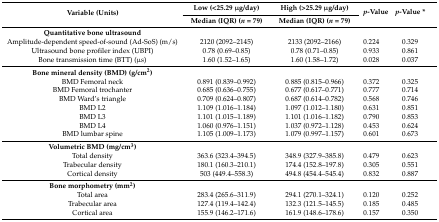
<table><thead><tr><td rowspan="2"><b>Variable (Units)</b></td><td><b>Low (&lt;25.29 μg/day)</b></td><td><b>High (&gt;25.29 μg/day)</b></td><td rowspan="2"><b><i>p</i>-Value</b></td><td rowspan="2"><b><i>p</i>-Value *</b></td></tr><tr><td><b>Median (IQR) (<i>n</i> = 79)</b></td><td><b>Median (IQR) (<i>n</i> = 79)</b></td></tr></thead><tbody><tr><td><b>Quantitative bone ultrasound</b></td><td></td><td></td><td></td><td></td></tr><tr><td>Amplitude-dependent speed-of-sound (Ad-SoS) (m/s)</td><td>2120 (2092–2145)</td><td>2133 (2092–2166)</td><td>0.224</td><td>0.329</td></tr><tr><td>Ultrasound bone profiler index (UBPI)</td><td>0.78 (0.69–0.85)</td><td>0.78 (0.71–0.85)</td><td>0.933</td><td>0.861</td></tr><tr><td>Bone transmission time (BTT) (μs)</td><td>1.60 (1.52–1.65)</td><td>1.60 (1.58–1.72)</td><td>0.028</td><td>0.037</td></tr><tr><td><b>Bone mineral density (BMD) (g/cm<sup>2</sup>)</b></td><td></td><td></td><td></td><td></td></tr><tr><td>BMD Femoral neck</td><td>0.891 (0.839–0.992)</td><td>0.885 (0.815–0.966)</td><td>0.372</td><td>0.325</td></tr><tr><td>BMD Femoral trochanter</td><td>0.685 (0.636–0.755)</td><td>0.677 (0.617–0.771)</td><td>0.777</td><td>0.714</td></tr><tr><td>BMD Ward’s triangle</td><td>0.709 (0.624–0.807)</td><td>0.687 (0.614–0.782)</td><td>0.568</td><td>0.746</td></tr><tr><td>BMD L2</td><td>1.109 (1.016–1.184)</td><td>1.097 (1.012–1.180)</td><td>0.631</td><td>0.851</td></tr><tr><td>BMD L3</td><td>1.101 (1.015–1.189)</td><td>1.101 (1.016–1.182)</td><td>0.790</td><td>0.853</td></tr><tr><td>BMD L4</td><td>1.060 (0.976–1.151)</td><td>1.037 (0.972–1.128)</td><td>0.453</td><td>0.624</td></tr><tr><td>BMD lumbar spine</td><td>1.105 (1.009–1.173)</td><td>1.079 (0.997–1.157)</td><td>0.601</td><td>0.673</td></tr><tr><td><b>Volumetric BMD (mg/cm<sup>3</sup>)</b></td><td></td><td></td><td></td><td></td></tr><tr><td>Total density</td><td>363.6 (323.4–394.5)</td><td>348.9 (327.9–385.8)</td><td>0.479</td><td>0.623</td></tr><tr><td>Trabecular density</td><td>180.1 (160.3–210.1)</td><td>174.4 (152.8–197.8)</td><td>0.305</td><td>0.551</td></tr><tr><td>Cortical density</td><td>503 (449.4–558.3)</td><td>494.8 (454.4–545.4)</td><td>0.832</td><td>0.887</td></tr><tr><td><b>Bone morphometry (mm<sup>2</sup>)</b></td><td></td><td></td><td></td><td></td></tr><tr><td>Total area</td><td>283.4 (265.6–311.9)</td><td>294.1 (270.1–324.1)</td><td>0.120</td><td>0.252</td></tr><tr><td>Trabecular area</td><td>127.4 (119.4–142.4)</td><td>132.3 (121.5–145.5)</td><td>0.185</td><td>0.485</td></tr><tr><td>Cortical area</td><td>155.9 (146.2–171.6)</td><td>161.9 (148.6–178.6)</td><td>0.157</td><td>0.350</td></tr></tbody></table>